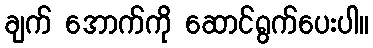
ချက် အောက်ကို ဆောင်ရွက်ပေးပါ။